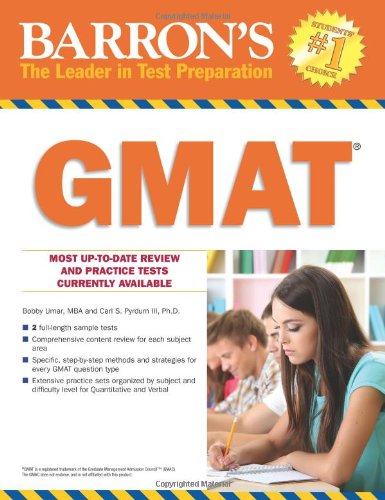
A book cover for Barron's GMAT; Bobby Umar; Test Preparation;